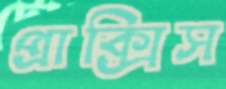
প্রাক্সিস